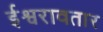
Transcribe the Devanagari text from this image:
ईश्वरावतार